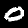
Label: 0